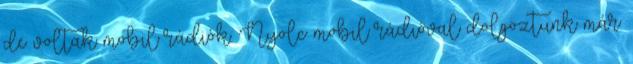
de voltak mobil rádiók. Nyolc mobil rádióval dolgoztunk már